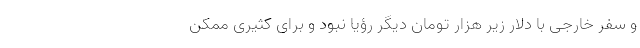
و سفر خارجی با دلار زیر هزار تومان دیگر رؤیا نبود و برای کثیری ممکن